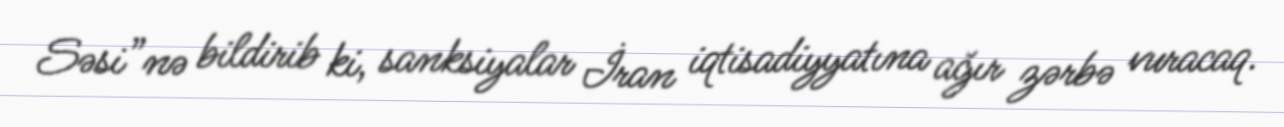
Səsi”nə bildirib ki, sanksiyalar İran iqtisadiyyatına ağır zərbə vuracaq.